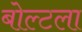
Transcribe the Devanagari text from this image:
बोल्टला